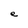
Character: e